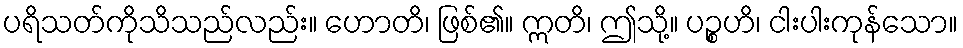
ပရိသတ်ကိုသိသည်လည်း။ ဟောတိ၊ ဖြစ်၏။ ဣတိ၊ ဤသို့။ ပဉ္စဟိ၊ ငါးပါးကုန်သော။